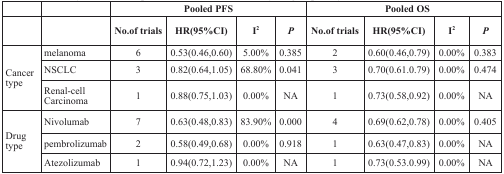
|  |  | <COLSPAN=4> Pooled PFS | <COLSPAN=4> Pooled OS |
 |  |  | No.of trials | HR(95%CI) | I2 | P | No.of trials | HR(95%CI) | I2 | P |
 | --- | --- | --- | --- | --- | --- | --- | --- | --- | --- |
 | <ROWSPAN=3> Cancer type | melanoma | 6 | 0.53(0.46,0.60) | 5.00% | 0.385 | 2 | 0.60(0.46,0.79) | 0.00% | 0.383 |
 | NSCLC | 3 | 0.82(0.64,1.05) | 68.80% | 0.041 | 3 | 0.70(0.61.0.79) | 0.00% | 0.474 |
 | Renal-cell Carcinoma | 1 | 0.88(0.75,1.03) | 0.00% | NA | 1 | 0.73(0.58,0.92) | 0.00% | NA |
 | <ROWSPAN=3> Drug type | Nivolumab | 7 | 0.63(0.48,0.83) | 83.90% | 0.000 | 4 | 0.69(0.62,0.78) | 0.00% | 0.405 |
 | pembrolizumab | 2 | 0.58(0.49,0.68) | 0.00% | 0.918 | 1 | 0.63(0.47,0.83) | 0.00% | NA |
 | Atezolizumab | 1 | 0.94(0.72,1.23) | 0.00% | NA | 1 | 0.73(0.53.0.99) | 0.00% | NA |